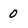
Character: 0